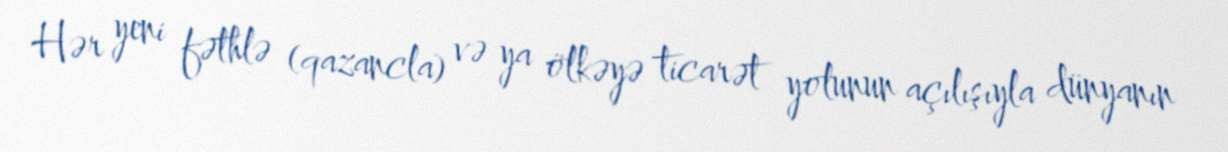
Hər yeni fəthlə (qazancla) və ya ölkəyə ticarət yolunun açılışıyla dünyanın